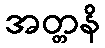
အတ္တနိ